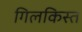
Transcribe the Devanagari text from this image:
गिलकिस्त